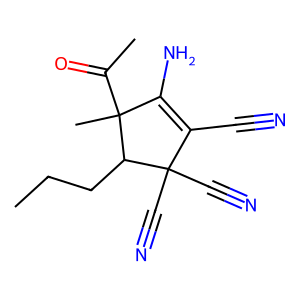
SMILES: CCCC1C(C#N)(C#N)C(C#N)=C(N)C1(C)C(C)=O
Inhibits HIV replication: No